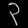
Digit: ၃